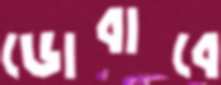
ডোবাবে